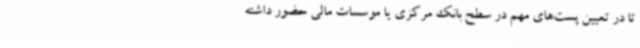
تا در تعیین پست‌های مهم در سطح بانک مرکزی یا موسسات مالی حضور داشته